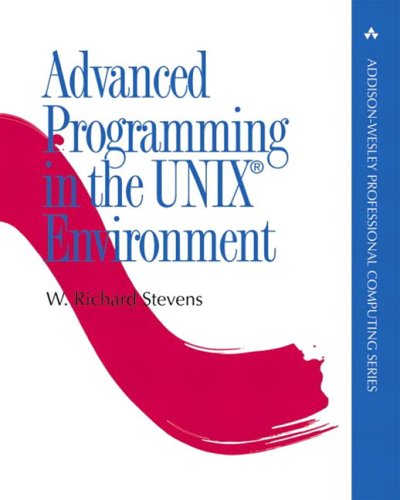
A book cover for Advanced Programming in the UNIX(R) Environment (Addison-Wesley Professional Computing Series); W. Richard Stevens; Computers & Technology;